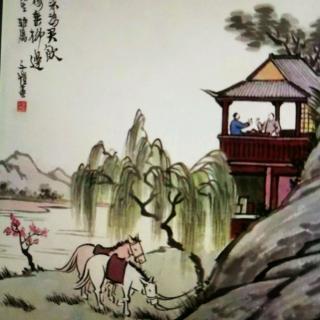
谁问旗亭，美酒斗十千。